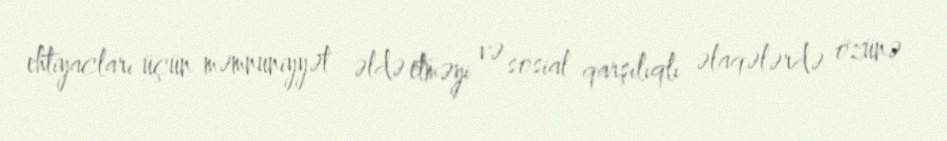
ehtiyacları üçün məmnuniyyət əldə etməyi və sosial qarşılıqlı əlaqələrdə özünə